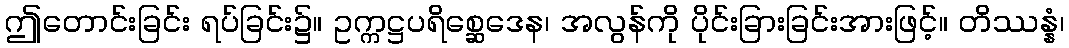
ဤတောင်းခြင်း ရပ်ခြင်း၌။ ဥက္ကဋ္ဌပရိစ္ဆေဒေန၊ အလွန်ကို ပိုင်းခြားခြင်းအားဖြင့်။ တိဿန္နံ၊